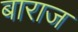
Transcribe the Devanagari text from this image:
बाराज